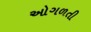
ઓગળતી